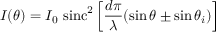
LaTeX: I ( \theta ) = I _ { 0 } \, \operatorname { s i n c } ^ { 2 } \left[ { \frac { d \pi } { \lambda } } ( \sin \theta \pm \sin \theta _ { i } ) \right]